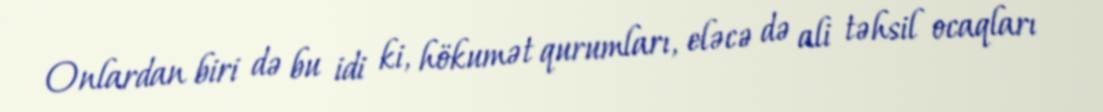
Onlardan biri də bu idi ki, hökumət qurumları, eləcə də ali təhsil ocaqları